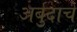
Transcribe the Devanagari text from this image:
अर्बुदाचे